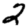
Digit: 2